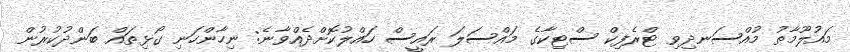
މައުލޫމާތު މުއްސަނދިވި ޓްރެފިކް ސްޓިކާގެ މައްސަލަ ރައީސް ހައްލުކޮށްދެއްވާނެ: ނިހާންހަނި ގޯޅިތައް ބަންދުކުރުން